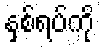
နှစ်ရပ်ကို